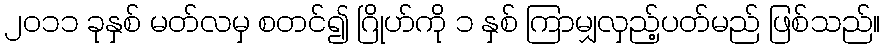
၂၀၁၁ ခုနှစ် မတ်လမှ စတင်၍ ဂြိုဟ်ကို ၁ နှစ် ကြာမျှလှည့်ပတ်မည် ဖြစ်သည်။